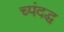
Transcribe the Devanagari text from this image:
च्पंदद्ध